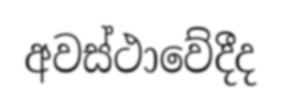
අවස්ථාවේදීද